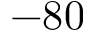
- 8 0